[Report on the health of British troops in the Madras command]
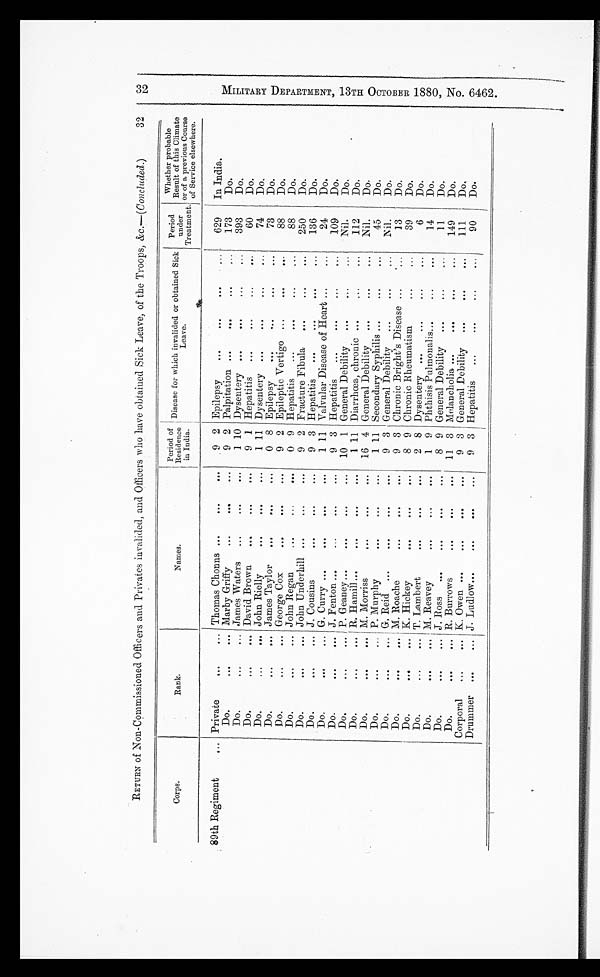
M I L I T A R Y D E P A R T M E N T , 1 3 T H O C T O B E R 1 8 8 0 , N O . 6 4 6 2 .
RETURN of Non-Commissioned Officers and Privates invalided, and Officers who have obtained Sick Leave, of the Troops, &c.—(Concluded.)
32
Corps.
R a n k .
N a m e s .
Period of
Residence
in India.
Disease for which invalided or obtained Sick
Leave.
Period
under
Treatment.
Whether probable
Result of this Climate
or of a previous Course
of Service elsewhere.
89th Regiment
... Private
...
... Thomas Chonns ...
...
...
9 2 Epilepsy
...
...
...
...
629
I n I n d i a .
Do.
...
... Marby Griffy
...
...
....
9 2 Palpitation ...
...
...
...
173
Do.
Do.
...
... James Waters
...
. . .
...
1 10 Dysentery ...
...
...
...
393
Do.
Do.
...
... David Brown
...
...
....
9 1 Hepatitis
...
...
...
...
60
Do.
Do.
...
... John Rielly
. . .
. . .
. . .
1 11 Dysentery ...
...
. . .
...
74
Do.
Do.
. . .
... James Taylor
...
. . .
. . .
0 8 Epilepsy
...
...
...
73
Do.
Do.
. . .
... George Cox
...
. . .
. . .
9 2 Epileptic Vertigo ...
. . .
. . .
88
Do.
Do.
..
... John Regan
...
...
. . .
0 9 Hepatitis
...
...
...
...
88
Do.
Do.
. . .
... John Underhill ...
...
9 2 Fracture Fibula
...
...
...
250
Do.
Do.
. . .
... J. Cousins
. . .
. . .
. . .
9 3 Hepatitis
...
...
. . .
...
136
Do.
Do.
...
... G. Curry ...
...
...
...
1 11 V a l v u l a r D i s e a s e o f H e a r t . . . . . .
...
...
24
D O . D o . D o . D o .
Do.
...
... J. Fenton ...
...
...
. . .
9 3 Hepatitis
...
...
...
...
109
Do.
Do.
. . .
... P. Geaney...
. . .
. . .
...
10 1 General Debility
...
...
...
Nil.
Do.
Do.
. . .
... R. Hamill...
. . .
. . .
1 11 Diarrhoea, chronic ...
...
...
112
Do.
Do.
...
. . . M. Morriss
...
...
...
16 4 General Debility
...
...
...
Nil.
Do.
Do.
. . .
. . . P. Murphy
. . .
. . .
. . .
1 11 Secondary Syphilis ...
...
...
45
Do.
Do.
. . .
. . . G. Reid ...
. . .
...
. . .
9 3 General Debility
...
...
...
Nil.
Do.
Do.
. . .
. . . H. Roache
...
...
. . .
9 3 Chronic Bright's Disease ...
...
13
Do.
Do.
. . .
... K. Hickey
...
. . .
...
8 9 Chronic Rheumatism
...
...
39
Do.
Do.
...
... T. Lambert
...
...
...
2 8 Dysentery ...
...
...
...
6
Do.
Do.
...
... M. Reavey
...
. . .
. . .
1 9 Phthisis Pulmonalis ...
...
...
14
Do.
Do.
. . .
... J. Boss
...
. . .
. . .
. . .
8 9 General Debility... ...
. . .
. . .
1 1
Do.
Do.
. . .
... R. Burrows
. . .
...
...
11 3 - Melancholia ...
...
. . .
...
149
Do.
Corporal
. . .
... K. Owen ...
...
. . .
. . .
9 3 General Debility
...
...
...
111
Do.
Drummer ...
... J. Ludlow...
...
...
...
9 3 Hepatitis
...
...
...
90
D O .